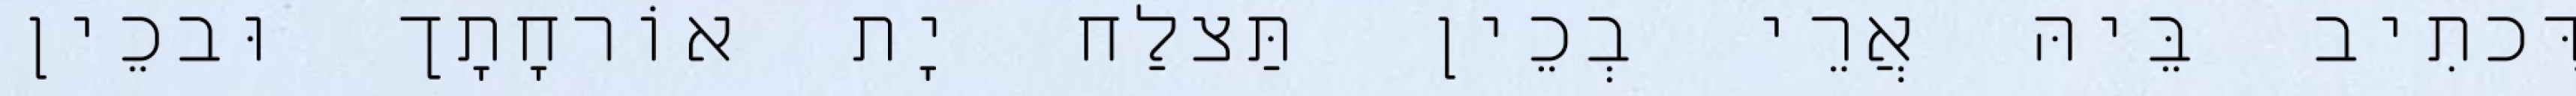
דִּכתִיב בֵּיהּ אֲרֵי בְכֵין תַּצלַח יָת אוֹרחָתָך וּבכֵין